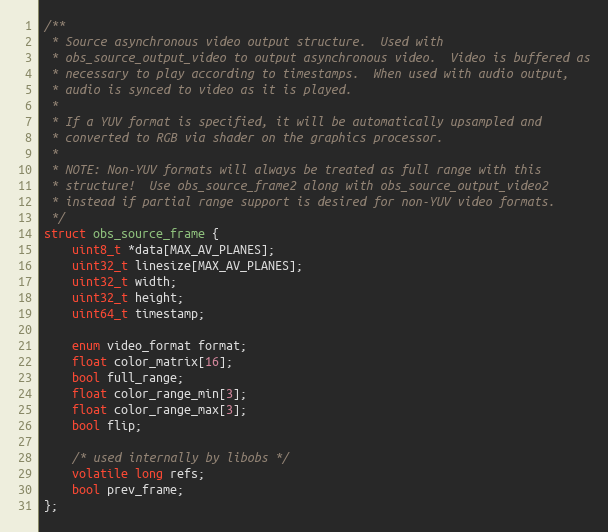
Language: C
/**
 * Source asynchronous video output structure.  Used with
 * obs_source_output_video to output asynchronous video.  Video is buffered as
 * necessary to play according to timestamps.  When used with audio output,
 * audio is synced to video as it is played.
 *
 * If a YUV format is specified, it will be automatically upsampled and
 * converted to RGB via shader on the graphics processor.
 *
 * NOTE: Non-YUV formats will always be treated as full range with this
 * structure!  Use obs_source_frame2 along with obs_source_output_video2
 * instead if partial range support is desired for non-YUV video formats.
 */
struct obs_source_frame {
	uint8_t *data[MAX_AV_PLANES];
	uint32_t linesize[MAX_AV_PLANES];
	uint32_t width;
	uint32_t height;
	uint64_t timestamp;

	enum video_format format;
	float color_matrix[16];
	bool full_range;
	float color_range_min[3];
	float color_range_max[3];
	bool flip;

	/* used internally by libobs */
	volatile long refs;
	bool prev_frame;
};